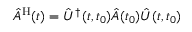
\hat { A } ^ { \mathrm { H } } ( t ) = \hat { U } ^ { \dagger } ( t , t _ { 0 } ) \hat { A } ( t _ { 0 } ) \hat { U } ( t , t _ { 0 } )